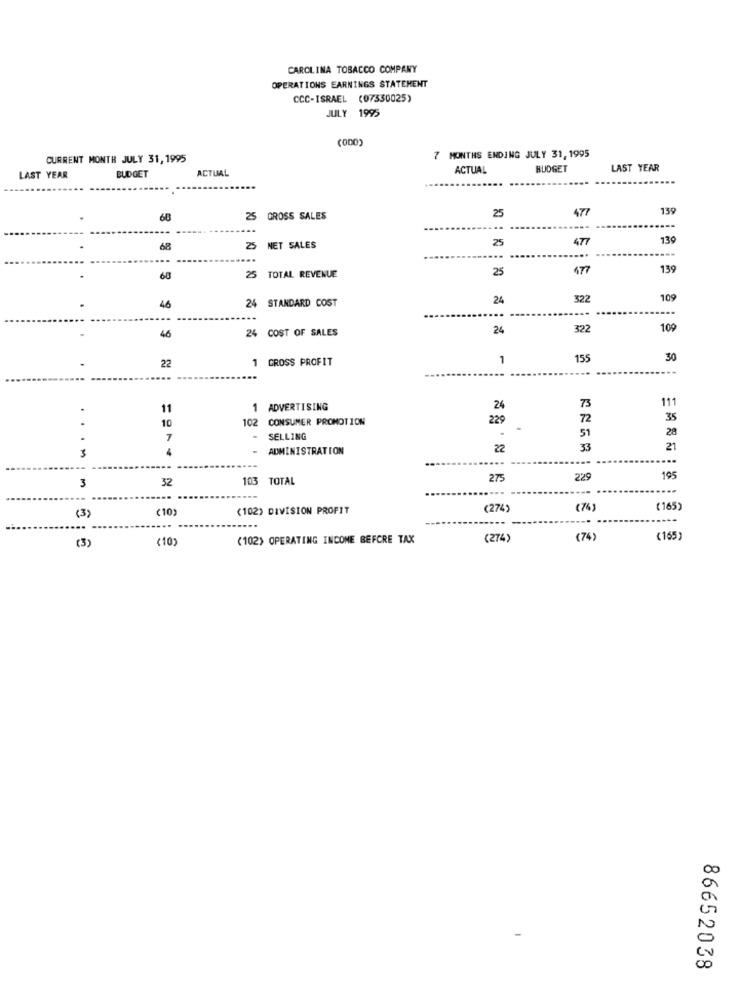
CAROLINA TOBACCO COMPANY
OPERATIONS EARNINGS STATEMENT
CCC-ISRAEL (07530025)
JULY 1995
(OD0)
CURRENT MONTH JULY 31, 1995
7 MONTHS ENDING JULY 31, 1995
ACTUAL
ACTUAL
BUDGET
LAST YEAR
LAST YEAR
BUDGET
25
477
139
60
25 GROSS SALES
477
130
68
25
NET SALES
25
...
...
25
477
139
60
25
TOTAL REVENUE
46
24 STANDARD COST
24
322
109
...
46
24 COST OF SALES
24
322
109
22
GROSS PROFIT
1
155
30
...
11
1 ADVERTISING
24
73
111
10
102
CONSUMER PROMOTION
229
72
35
28
SELLING
51
4
-
ADMINISTRATION
22
33
21
....
3
32
103 TOTAL
275
229
195
...
(10)
(102) DIVISION PROFIT
(274)
(74)
(165)
(3)
(3)
<10
(102) OPERATING INCOME BEFORE TAX
(274)
(74)
(165)
86652038